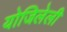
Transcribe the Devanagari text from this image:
योजिलेली